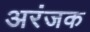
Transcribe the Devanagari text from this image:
अरंजक